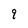
Character: 9